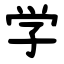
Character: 学